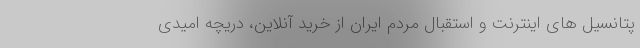
پتانسیل های اینترنت و استقبال مردم ایران از خرید آنلاین، دریچه امیدی